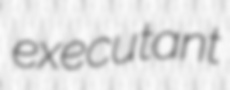
executant